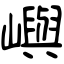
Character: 嶼